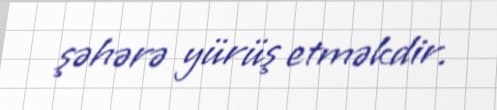
şəhərə yürüş etməkdir.